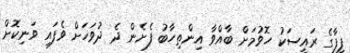
ފީފާގެ ރައީސަކު ހޮވުމަށް ބާއްވާ އިންތިހާބު ފެށެން ދެ ދުވަހަށް ވެފައި ވަނިކޮށް